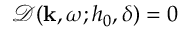
\mathcal { D } ( \mathbf { k } , \omega ; h _ { 0 } , \delta ) = 0